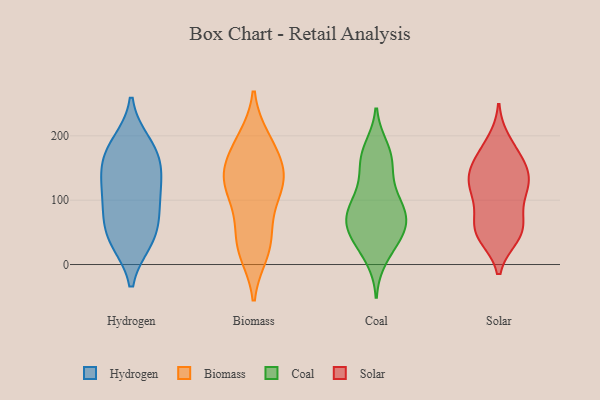
{"axis": {"x": "Budget (USD K)", "y": "Value"}, "legend": ["Biomass", "Coal", "Hydrogen", "Solar"], "data": [{"x": "", "y": 156, "type": "Hydrogen"}, {"x": "", "y": 133, "type": "Hydrogen"}, {"x": "", "y": 181, "type": "Hydrogen"}, {"x": "", "y": 188, "type": "Hydrogen"}, {"x": "", "y": 37, "type": "Hydrogen"}, {"x": "", "y": 77, "type": "Hydrogen"}, {"x": "", "y": 83, "type": "Hydrogen"}, {"x": "", "y": 166, "type": "Hydrogen"}, {"x": "", "y": 108, "type": "Hydrogen"}, {"x": "", "y": 46, "type": "Hydrogen"}, {"x": "", "y": 123, "type": "Hydrogen"}, {"x": "", "y": 37, "type": "Hydrogen"}, {"x": "", "y": 149, "type": "Biomass"}, {"x": "", "y": 136, "type": "Biomass"}, {"x": "", "y": 190, "type": "Biomass"}, {"x": "", "y": 18, "type": "Biomass"}, {"x": "", "y": 142, "type": "Biomass"}, {"x": "", "y": 113, "type": "Biomass"}, {"x": "", "y": 25, "type": "Biomass"}, {"x": "", "y": 107, "type": "Biomass"}, {"x": "", "y": 28, "type": "Biomass"}, {"x": "", "y": 183, "type": "Biomass"}, {"x": "", "y": 134, "type": "Biomass"}, {"x": "", "y": 80, "type": "Biomass"}, {"x": "", "y": 138, "type": "Biomass"}, {"x": "", "y": 52, "type": "Biomass"}, {"x": "", "y": 195, "type": "Biomass"}, {"x": "", "y": 168, "type": "Coal"}, {"x": "", "y": 64, "type": "Coal"}, {"x": "", "y": 84, "type": "Coal"}, {"x": "", "y": 164, "type": "Coal"}, {"x": "", "y": 52, "type": "Coal"}, {"x": "", "y": 127, "type": "Coal"}, {"x": "", "y": 69, "type": "Coal"}, {"x": "", "y": 55, "type": "Coal"}, {"x": "", "y": 180, "type": "Coal"}, {"x": "", "y": 96, "type": "Coal"}, {"x": "", "y": 162, "type": "Coal"}, {"x": "", "y": 77, "type": "Coal"}, {"x": "", "y": 109, "type": "Coal"}, {"x": "", "y": 35, "type": "Coal"}, {"x": "", "y": 32, "type": "Coal"}, {"x": "", "y": 77, "type": "Coal"}, {"x": "", "y": 11, "type": "Coal"}, {"x": "", "y": 44, "type": "Solar"}, {"x": "", "y": 55, "type": "Solar"}, {"x": "", "y": 113, "type": "Solar"}, {"x": "", "y": 44, "type": "Solar"}, {"x": "", "y": 176, "type": "Solar"}, {"x": "", "y": 148, "type": "Solar"}, {"x": "", "y": 167, "type": "Solar"}, {"x": "", "y": 191, "type": "Solar"}, {"x": "", "y": 132, "type": "Solar"}, {"x": "", "y": 51, "type": "Solar"}, {"x": "", "y": 143, "type": "Solar"}, {"x": "", "y": 141, "type": "Solar"}, {"x": "", "y": 109, "type": "Solar"}, {"x": "", "y": 104, "type": "Solar"}, {"x": "", "y": 58, "type": "Solar"}, {"x": "", "y": 69, "type": "Solar"}, {"x": "", "y": 127, "type": "Solar"}]}